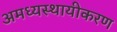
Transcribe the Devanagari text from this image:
अमध्यस्थायीकरण